Annual report of the Camel Specialist
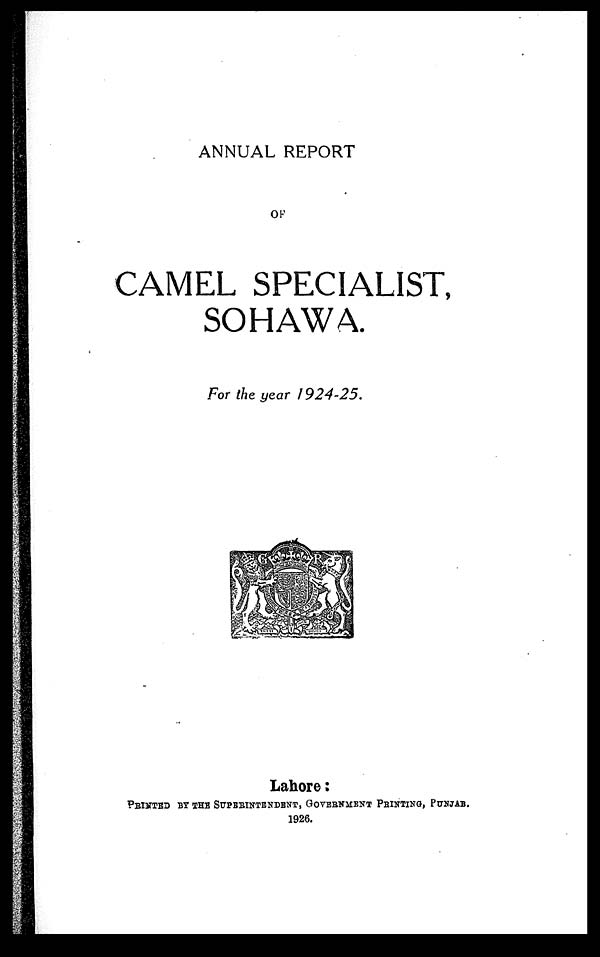
ANNUAL REPORT
OF
CAMEL SPECIALIST,
SOHAWA.
For the year 1924-25.
Lahore :
PRINTED BY THE SUPERINTENDENT, GOVERNMENT PRINTING, PUNJAB.
1926.